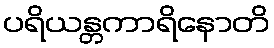
ပရိယန္တကာရိနောတိ